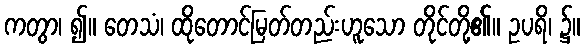
ကတွာ၊ ၍။ တေသံ၊ ထိုတောင်မြတ်တည်းဟူသော တိုင်တို့၏။ ဥပရိ၊ ၌။